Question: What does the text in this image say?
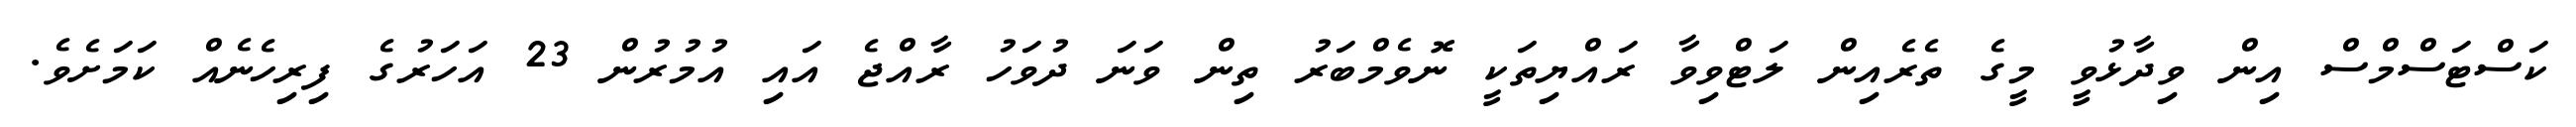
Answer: ކަސްޓަސްމްސް އިން ވިދާޅުވީ މީގެ ތެރެއިން ލަޓްވިވާ ރައްޔިތަކީ ނޮވެމްބަރު ތިން ވަނަ ދުވަހު ރާއްޖެ އައި އުމުރުން 23 އަހަރުގެ ފިރިހެނެއް ކަމަށެވެ.